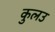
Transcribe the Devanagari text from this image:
कुलउ